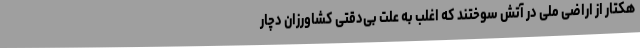
هکتار از اراضی ملی در آتش سوختند که اغلب به علت بی‌دقتی کشاورزان دچار